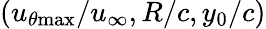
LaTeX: (u_{\theta\mathrm{{max}}}/u_{\infty},R/c,y_{0}/c)